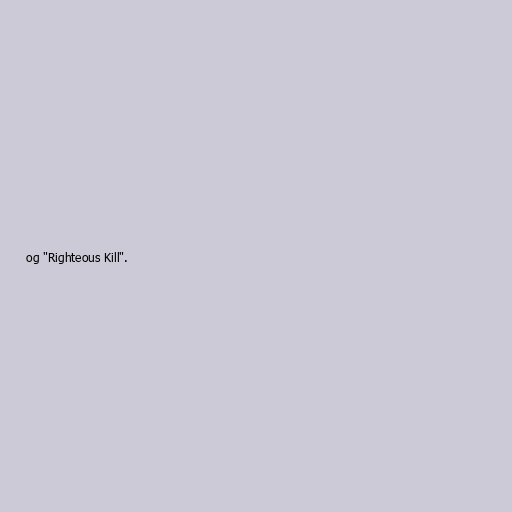
og "Righteous Kill".